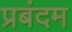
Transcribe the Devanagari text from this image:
प्रबंदम